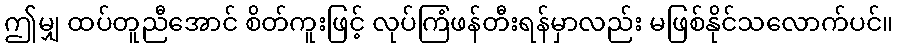
ဤမျှ ထပ်တူညီအောင် စိတ်ကူးဖြင့် လုပ်ကြံဖန်တီးရန်မှာလည်း မဖြစ်နိုင်သလောက်ပင်။